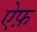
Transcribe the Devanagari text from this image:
ऐफ़